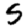
Digit: 5